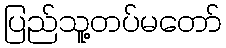
ပြည်သူ့တပ်မတော်